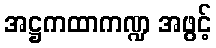
အဋ္ဌကထာကဏ္ဍ အဖွင့်